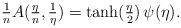
LaTeX: \begin{align*}\tfrac{1}{n} A(\tfrac{\eta}{n}, \tfrac{1}{\eta}) = \tanh(\tfrac{\eta}{2}) \, \psi(\eta).\end{align*}